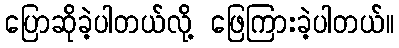
ပြောဆိုခဲ့ပါတယ်လို့ ဖြေကြားခဲ့ပါတယ်။